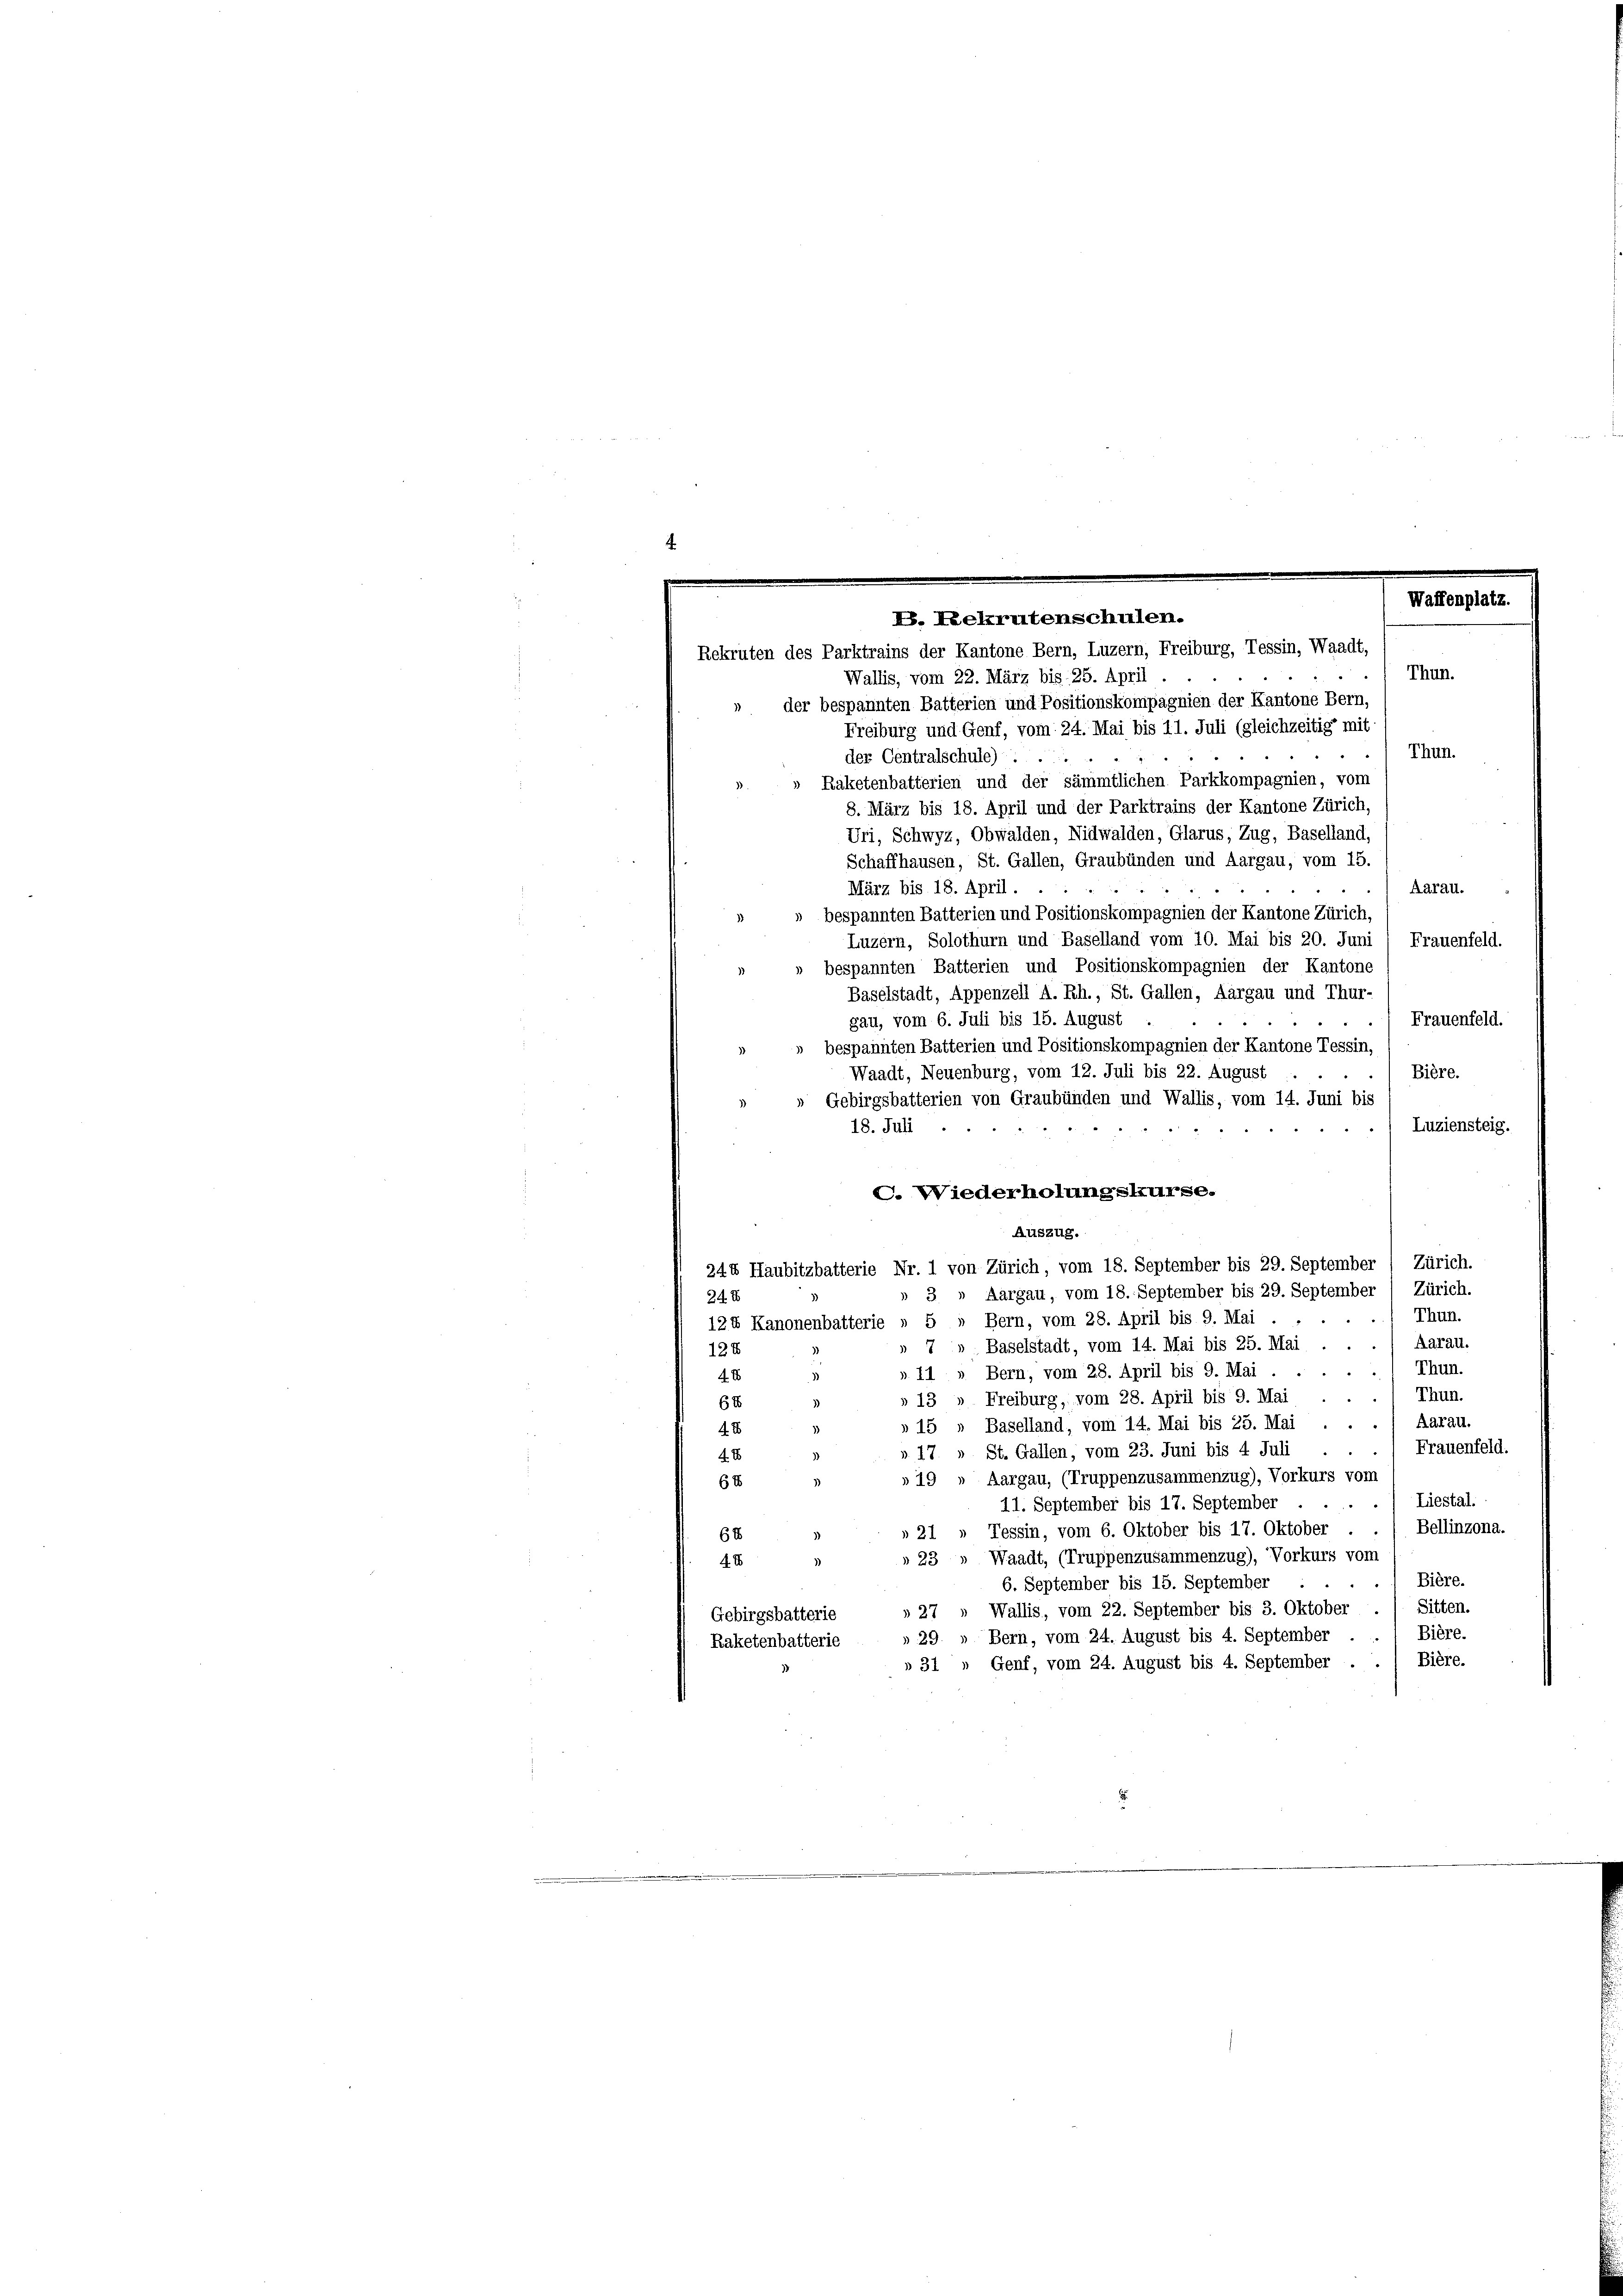
4

Waffenplatz.
V. Lelrutenschulen.
Rekruten des Parktrains der Kantone Bern, Luzern, Freiburg, Tessin, Waadt,
Thun.
Wallis, vom 22. März bis 25. April

der bespannten Batterien und Positionskompagnien der Kantone Bern,
Freiburg und Genf, vom 24. Mai bis 11. Juli (gleichzeitig mit
Thun.
der Centralschule) ..
Raketenbatterien und der sämmtlichen Parkkompagnien, vom
8. März bis 18. April und der Parktrains der Kantone Zürich,
Uri, Schwyz, Obwalden, Nidwalden, Glarus, Zug, Baselland,
Schaffhausen, St. Gallen, Graubünden und Aargau, vom 15.
Aarau.
März bis 18. April.
» bespannten Batterien und Positionskompagnien der Kantone Zürich,
Luzern, Solothurn und Baselland vom 10. Mai bis 20. Juni / Frauenfeld.
» bespannten Batterien und Positionskompagnien der Kantone
Baselstadt, Appenzell A. Rh., St. Gallen, Aargau und Thur-
Frauenfeld.
gau, vom 6. Juli bis 15. August
» bespannten Batterien und Positionskompagnien der Kantone Tessin,
Waadt, Neuenburg, vom 12. Juli bis 22. August
Bière.
Gebirgsbatterien von Graubünden und Wallis, vom 14. Juni bis
Luziensteig.
18. Juli
C. Wiederholungskurse.
Auszug.
244 Haubitzbatterie Nr. 1 von Zürich, vom 18. September bis 29. September / Zürich.
3» Aargau, vom 18. September bis 29. September ( Zürich.
24 x
Thun.
124 Kanonenbatterie » 5 » Bern, vom 28. April bis 9. Mai .
Aarau.
» 7» Baselstadt, vom 14. Mai bis 25. Mai
124
Thun.
»11 » Bern, vom 28. April bis 9. Mai.
4 x
Thun.
» 13 " Freiburg, vom 28. April bis 9. Mai
6t
Aarau.
» 15 » Baselland, vom 14. Mai bis 25. Mai . .
4 x
Frauenfeld.
» 17 » St. Gallen, vom 23. Juni bis 4 Juli
4 x
»19 » Aargau, (Truppenzusammenzug), Vorkurs vom
68
Liestal.
11. September bis 17. September ....
Bellinzona.
» 21 » Tessin, vom 6. Oktober bis 17. Oktober
64
» 23 " Waadt, (Truppenzusammenzug), Vorkurs vom
4 x
Bière.
6. September bis 15. September
Wallis, vom 22. September bis 3. Oktober ./ Sitten.
 27
Gebirgsbatterie
Bière.
29 » Bern, vom 24. August bis 4. September
Raketenbatterie
31 " Genf, vom 24. August bis 4. September . . 1 Bière.